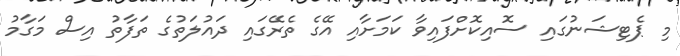
މި ޕެޓިޝަނުގައި ސޮއިކޮށްފައިވާ ކަމަށާއި އޭގެ ތެރޭގައި ދައުލަތުގެ ތަފާތު އިސް މަގާމު